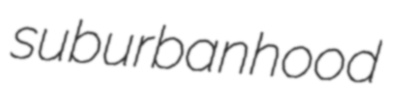
suburbanhood